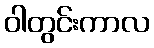
ဝါတွင်းကာလ